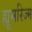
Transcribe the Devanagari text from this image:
ह्यूमरिज्म